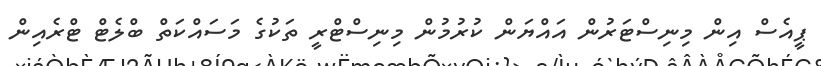
ޕީއެސް އިން މިނިސްޓަރުން އައްޔަން ކުރުމުން މިނިސްޓްރީ ތަކުގެ މަސައްކަތް ބްލެޓް ޓްރެއިން